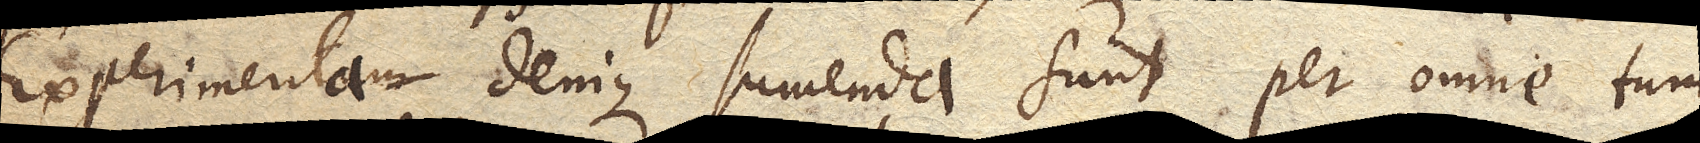
Experimenta denique sumenda sunt per omne tum